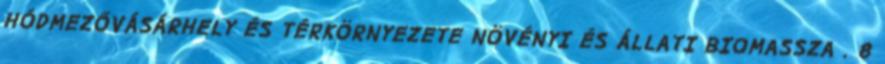
HÓDMEZŐVÁSÁRHELY ÉS TÉRKÖRNYEZETE NÖVÉNYI ÉS ÁLLATI BIOMASSZA . 8